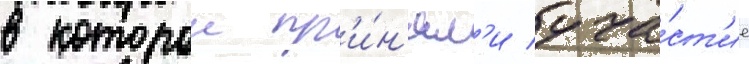
в которои пр'и́н'ял'и уча́ст'ие